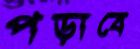
পড়াবে